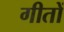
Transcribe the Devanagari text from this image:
गीतों